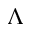
\Lambda